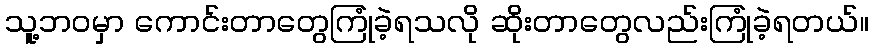
သူ့ဘဝမှာ ကောင်းတာတွေကြုံခဲ့ရသလို ဆိုးတာတွေလည်းကြုံခဲ့ရတယ်။